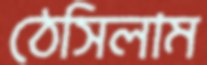
ঠেসিলাম